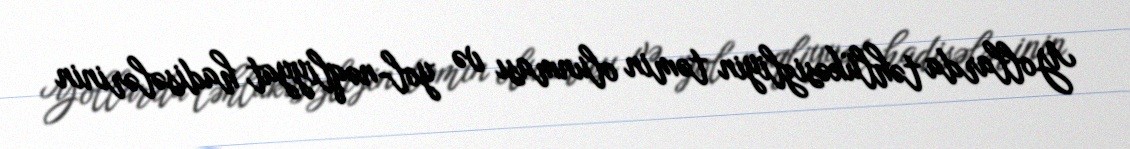
Yollarda təhlükəsizliyin təmin olunması və yol-nəqliyyat hadisələrinin